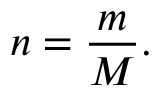
n = { \frac { m } { M } } .